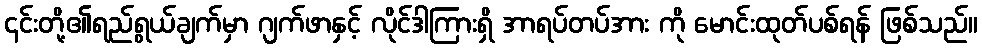
၎င်းတို့၏ရည်ရွယ်ချက်မှာ ဂျက်ဖာနှင့် လိုင်ဒါကြားရှိ အာရပ်တပ်အား ကို မောင်းထုတ်ပစ်ရန် ဖြစ်သည်။